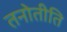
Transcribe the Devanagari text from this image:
तनोतीति